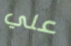
علي